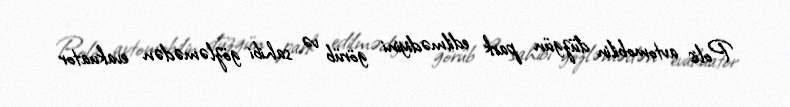
Polis avtomobilin düzgün park edilmədiyini görüb və sahibi gözləmədən evakuator